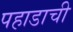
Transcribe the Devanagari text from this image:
पहाडाची